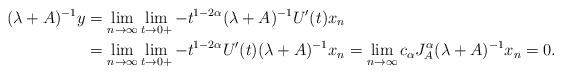
LaTeX: \begin{align*} (\lambda + A)^{-1} y & = \lim\limits_{n \rightarrow \infty} \lim\limits_{t \rightarrow 0+} -t^{1 - 2 \alpha} ( \lambda + A)^{-1} U'(t)x_n \\ & = \lim\limits_{n \rightarrow \infty} \lim\limits_{t \rightarrow 0+} -t^{1 - 2 \alpha} U'(t) ( \lambda + A)^{-1} x_n = \lim\limits_{n \rightarrow \infty} c_{\alpha} J^{\alpha}_A (\lambda + A)^{-1} x_n = 0. \end{align*}